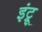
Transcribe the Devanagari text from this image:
इंट्रू